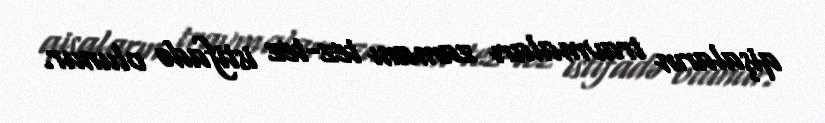
qişaların travmaları zamanı tez-tez istifadə olunur.